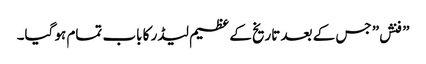
” فنش” جس کے بعد تاریخ کے عظیم لیڈر کا باب تمام ہو گیا۔